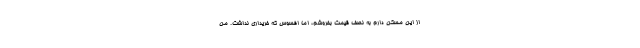
از این مسکن دارم به نصف قیمت بفروشم، اما افسوس که خریداری نداشت. من